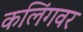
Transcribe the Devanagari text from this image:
कलिंगवर